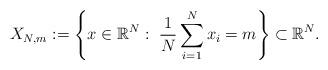
LaTeX: \begin{align*}X_{N, m} : = \left \{ x \in \mathbb{R}^{N} : \ \frac{1}{N} \sum_{i=1}^{N} x_i =m \right \} \subset \mathbb{R}^{N}.\end{align*}